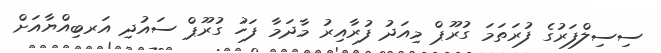
ސިސިލްފަރުގެ ފުރަތަމަ ގުރޫޕް މިއަދު ފުރާއިރު މާދަމާ ފަހު ގުރޫޕް ސައުދި އަރބިއްޔާއަށް